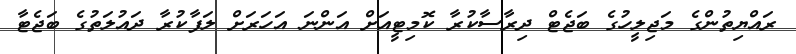
ރައްޔިތުންގެ މަޖިލީހުގެ ބަޖެޓް ދިރާސާކުރާ ކޮމިޓީއަށް އަންނަ އަހަރަށް ލަފާކުރާ ދައުލަތުގެ ބަޖެޓާ